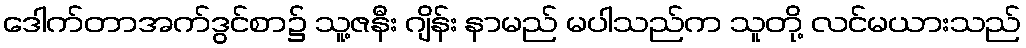
ဒေါက်တာအက်ဒွင်စာ၌ သူ့ဇနီး ဂျိန်း နာမည် မပါသည်က သူတို့ လင်မယားသည်